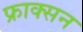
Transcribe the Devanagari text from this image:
फ्राक्सन